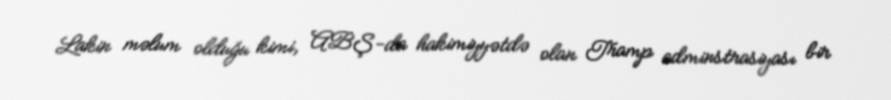
Lakin məlum olduğu kimi, ABŞ-da hakimiyyətdə olan Tramp adminstrasiyası bir